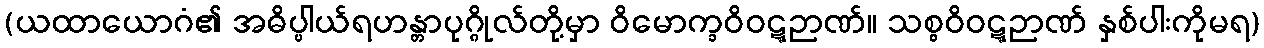
(ယထာယောဂံ၏ အဓိပ္ပါယ်ရဟန္တာပုဂ္ဂိုလ်တို့မှာ ဝိမောက္ခဝိဝဋ္ဋဉာဏ်။ သစ္စဝိဝဋ္ဋဉာဏ် နှစ်ပါးကိုမရ)